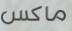
ماكس